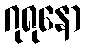
ဂုရုနော